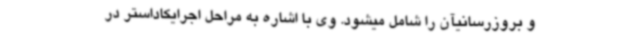
و بروزرسانیآن را شامل میشود. وی با اشاره به مراحل اجرایکاداستر در